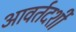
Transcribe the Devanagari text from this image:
आवर्तदर्शी